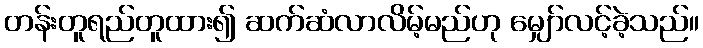
တန်းတူရည်တူထား၍ ဆက်ဆံလာလိမ့်မည်ဟု မျှော်လင့်ခဲ့သည်။